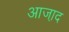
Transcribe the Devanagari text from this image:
आजा़द